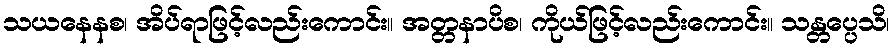
သယနေနစ၊ အိပ်ရာဖြင့်လည်းကောင်း။ အတ္တနာပိစ၊ ကိုယ်ဖြင့်လည်းကောင်း။ သန္တပ္ပေသိ၊